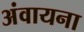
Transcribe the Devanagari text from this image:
अंवायना